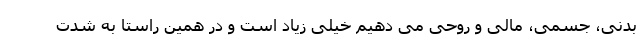
بدنی، جسمی، مالی و روحی می دهیم خیلی زیاد است و در همین راستا به شدت